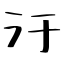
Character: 汙